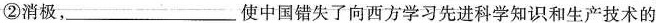
②消极，____使中国错失了向西方学习先进科学知识和生产技术的